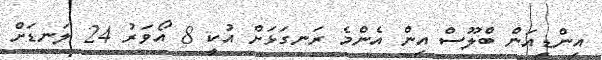
އިންޑިއަން ބްލޫސް އިން އެންމެ ރަނގަޅަށް އުކީ 8 އޯވަރު 24 ލަނޑަށް